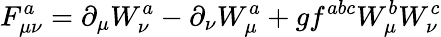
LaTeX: F_{\mu\nu}^{a}=\partial_{\mu}W_{\nu}^{a}-\partial_{\nu}W_{\mu}^{a}+gf^{abc}W_{\mu}^{b}W_{\nu}^{c}